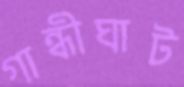
গান্ধীঘাট